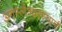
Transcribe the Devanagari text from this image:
अगस्‍लेश्‍वरस्‍वामी